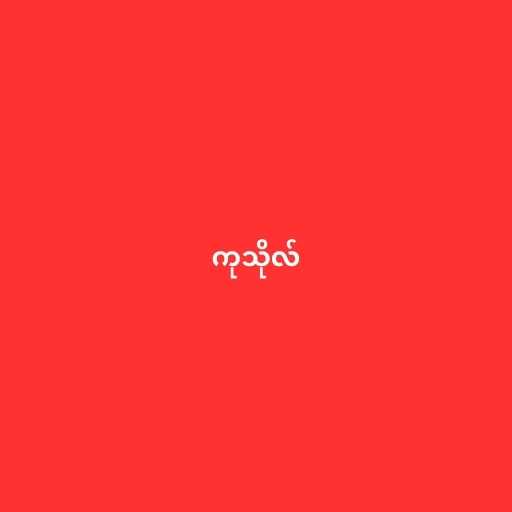
ကုသိုလ်